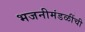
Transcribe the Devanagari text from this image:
भजनीमंडळींची